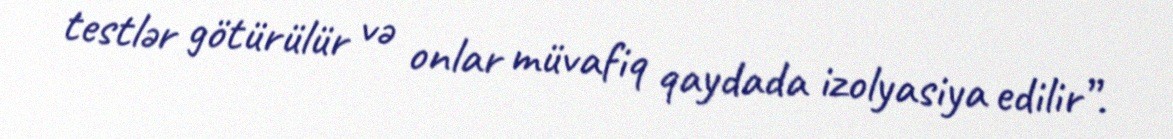
testlər götürülür və onlar müvafiq qaydada izolyasiya edilir”.